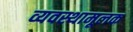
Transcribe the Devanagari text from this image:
व्यवस्थामूलक